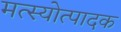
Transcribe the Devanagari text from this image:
मत्स्योत्पादक